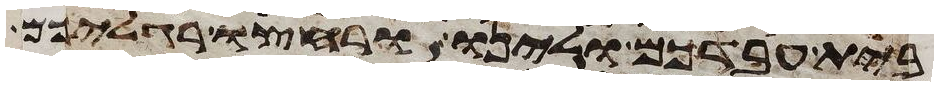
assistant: בית עבדכם ולינו ורחצו רגליכם